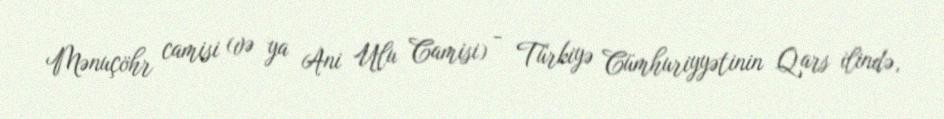
Mənuçöhr camisi (və ya Ani Ulu Camisi) - Türkiyə Cümhuriyyətinin Qars ilində,